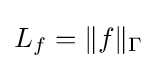
L_{f}=\Vert f\Vert _{\Gamma }